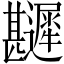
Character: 𲆎